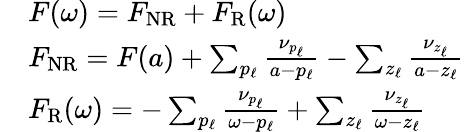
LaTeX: \begin{array}{r}{\begin{array}{rl}&{F(\omega)=F_{\mathrm{NR}}+F_{\mathrm{R}}(\omega)}\\ &{F_{\mathrm{NR}}=F(a)+\sum_{p_{\ell}}\frac{\nu_{p_{\ell}}}{a-p_{\ell}}-\sum_{z_{\ell}}\frac{\nu_{z_{\ell}}}{a-z_{\ell}}}\\ &{F_{\mathrm{R}}(\omega)=-\sum_{p_{\ell}}\frac{\nu_{p_{\ell}}}{\omega-p_{\ell}}+\sum_{z_{\ell}}\frac{\nu_{z_{\ell}}}{\omega-z_{\ell}}}\end{array}}\end{array}